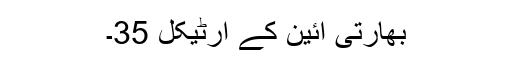
بھارتی آئین کے آرٹیکل 35۔